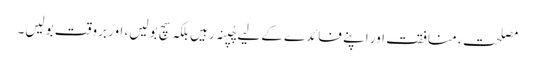
مصلحت، منافقت اور اپنے فائدے کے لیے چُپنہ رہیں بلکہ سچ بولیں، اور بروقت بولیں۔